Bombay plague: being a history of the progress of plague in the Bombay presidency from September 1896 to June 1899
Year: 1896
Disease focus: Plague
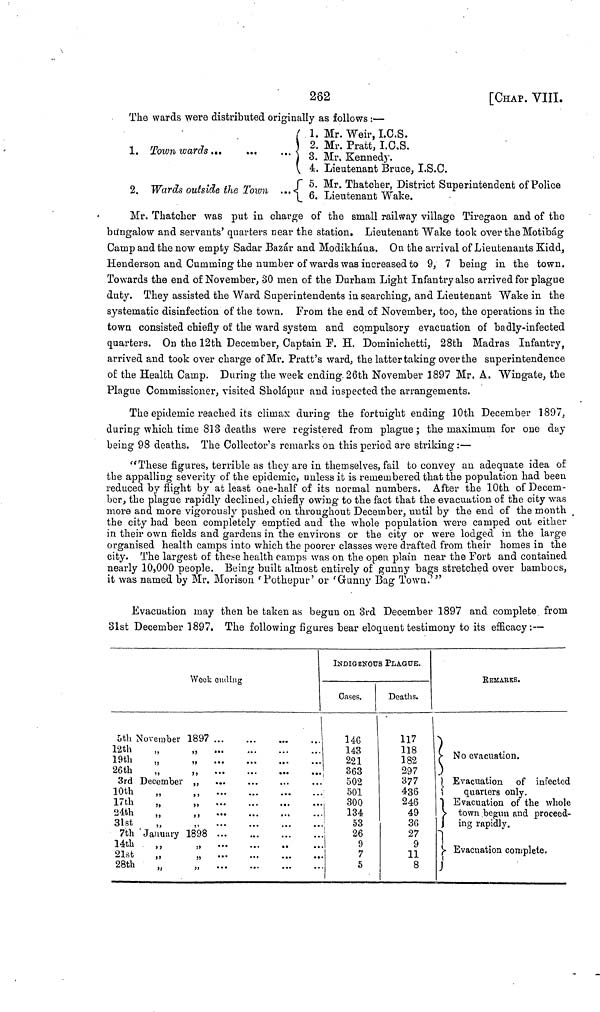
202
[CHAP. VIII.
The wards were distributed originally as follows : —
1. Town wards ...
...
2. Wards outside the Town ...
( 1. Mr. Weir, I.O.S.
2. Mr. Pratt, I.C.S.
3. Mr. Kennedy.
4. Lieutenant Bruce, I.S.C.
5
. Mr. Thatcher, District Superintendent of Police
6. Lieutenant Wake.
Mr. Thatcher was put in charge of the small railway village Tiregaon and of the
bungalow and servants' quarters near the station. Lieutenant Wake took over the Motibág
Camp and the now empty Sadar Bazár and Modikhána. On the arrival of Lieutenants Kidd,
Henderson and Cumming the number of wards was increased to 9, 7 being in the town.
Towards the end of November, 30 men of the Durham Light Infantry also arrived for plague
duty. They assisted the Ward Superintendents in searching, and Lieutenant Wake in the
systematic disinfection of the town. From the end of November, too, the operations in the
town consisted chiefly of the ward system and compulsory evacuation of badly-infected
quarters. On the 12th December, Captain F. H. Dominichetti, 28th Madras Infantry,
arrived and took over charge of Mr. Pratt's ward, the latter taking over the superintendence
of the Health Camp. During the week ending. 26th November 1897 Mr. A. Wingate, the
Plague Commissioner, visited Sholápur and inspected the arrangements.
The epidemic reached its climax during the fortnight ending 10th December 1897,
during which time 813 deaths were registered from plague; the maximum for one day
being 98 deaths. The Collector's remarks on this period are striking :—
"These figures, terrible as they are in themselves, fail to convey an adequate idea of
the appalling severity of the epidemic, unless it is remembered that the population had been
reduced by flight by at least one-half of its normal numbers. After the 10th of Decem-
ber, the plague rapidly declined, chiefly owing to the fact that the evacuation of the city was
more and more vigorously pushed on throughout December, until by the end of the month
the city had been completely emptied and the whole population were camped out either
in their own fields and gardens in the environs or the city or were lodged in the large
organised health camps into which the poorer classes were drafted from their homes in the
city. The largest of these health camps was on the open plain near the Fort and contained
nearly 10,000 people. Being built almost entirely of gunny bags stretched over bamboos,
it was named by Mr. Morison 'Pothepur' or 'Gunny Bag Town."'
Evacuation may then be taken as begun on 3rd December 1897 and complete from
31st December 1897. The following figures bear eloquent testimony to its efficacy:—
5th November
12th
19th
„
26th „
3rd December
10th „
17th „
24th „
31st „
7th January
14th
21st
28th
Week ending
1897 ...
1898 ...
INDIGENOUS PLAGUE.
Cases.
146
143
221
363
502
501
300
134
53
26
9
7
5
Deaths.
117
118
182
297
377
436
246
49
36
27
9
11
8
REMARKS.
No evacuation.
Evacuation of infected
quarters only.
Evacuation of the whole
town began and proceed-
ing rapidly.
Evacuation complete,